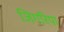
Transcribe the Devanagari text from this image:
जिगरिया